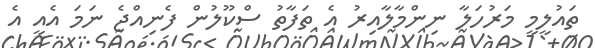
ތައުލީމީ މަރުހަލާ ނިންމާލާއިރު އެ ތަފާތު ސްކޫލުން ފެނިއްޖެ ނަމަ އެއީ އެ